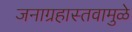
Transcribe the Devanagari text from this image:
जनाग्रहास्तवामुळे